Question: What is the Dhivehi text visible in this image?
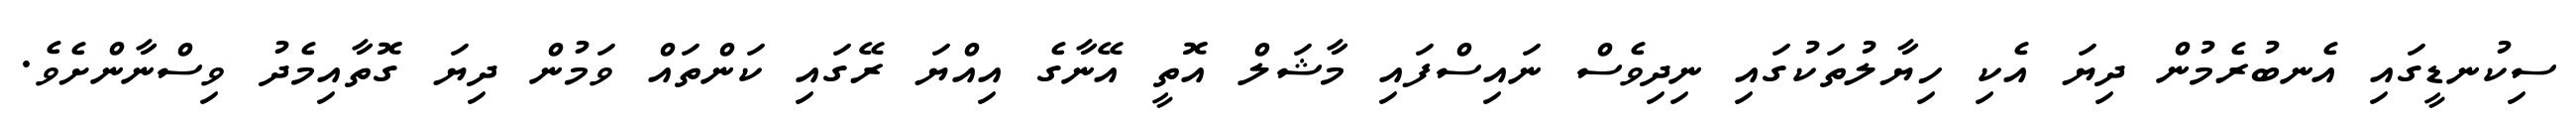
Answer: ސިކުނޑީގައި އެނބުރެމުން ދިޔަ އެކި ހިޔާލުތަކުގައި ނިދިވެސް ނައިސްފައި މާޝަލް އޮތީ އޭނާގެ އިއްޔަ ރޭގައި ކަންތައް ވަމުން ދިޔަ ގޮތާއިމެދު ވިސްނާންށެވެ.